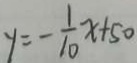
y = - \frac { 1 } { 1 0 } x + 5 0